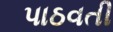
પાઠવતી